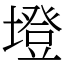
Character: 墱